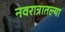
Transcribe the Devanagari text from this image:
नवरात्रातल्या